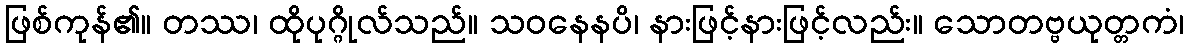
ဖြစ်ကုန်၏။ တဿ၊ ထိုပုဂ္ဂိုလ်သည်။ သဝနေနပိ၊ နားဖြင့်နားဖြင့်လည်း။ သောတဗ္ဗယုတ္တကံ၊